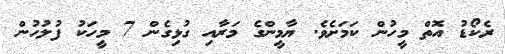
ރެކޯޑު އޮތް މީހުން ކަމަށެވެ. ޔާމީންގެ މަރާއި ގުޅިގެން 7 މީހަކު ފުލުހުން